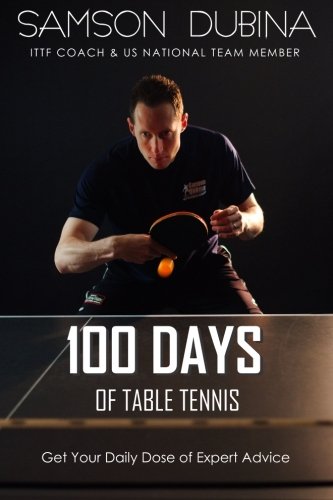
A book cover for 100 Days of Table Tennis: Get Your Daily Dose of Table Tennis Advice; Samson Dubina; Sports & Outdoors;